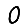
Digit: 0